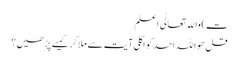
ت) واﷲ تعالٰی اعلم
قل ھو اللہ احد کو اگلی آیت سے ملا کر کیسے پڑھیں؟